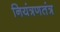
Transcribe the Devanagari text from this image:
नियंत्रणतंत्र